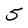
Character: 5